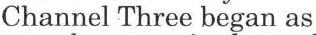
Channel Three began as